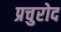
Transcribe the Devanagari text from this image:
प्रचुरोद